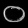
Digit: ၀